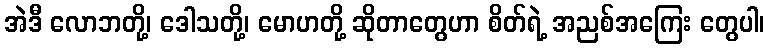
အဲဒီ လောဘတို့၊ ဒေါသတို့၊ မောဟတို့ ဆိုတာတွေဟာ စိတ်ရဲ့ အညစ်အကြေး တွေပါ၊